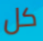
كل